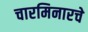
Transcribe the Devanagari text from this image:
चारमिनारचे